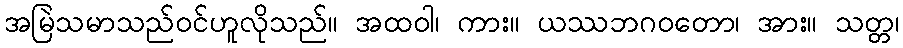
အမြဲသမာသည်ဝင်ဟူလိုသည်။ အထဝါ၊ ကား။ ယဿဘဂဝတော၊ အား။ သတ္တ၊